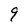
Character: 9